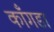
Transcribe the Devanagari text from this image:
काँगडा